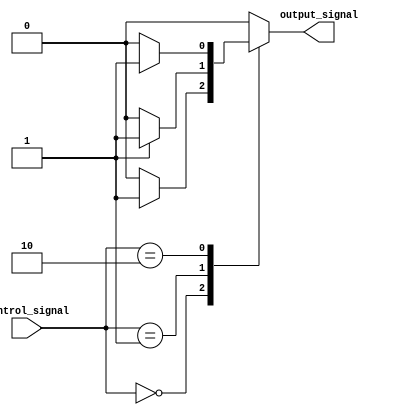
module case_if_else (
    input wire [1:0] control_signal,
    output reg output_signal
);

always @(*)
begin
    case(control_signal)
        2'b00: // When control_signal is 00
            begin
                if (condition1) // Additional condition for this case
                    output_signal <= 1'b1;
                else
                    output_signal <= 1'b0;
            end
        2'b01: // When control_signal is 01
            begin
                if (condition2) // Additional condition for this case
                    output_signal <= 1'b1;
                else
                    output_signal <= 1'b0;
            end
        2'b10: // When control_signal is 10
            begin
                if (condition3) // Additional condition for this case
                    output_signal <= 1'b1;
                else
                    output_signal <= 1'b0;
            end
        default: // Default case when control_signal doesn't match any above cases
            output_signal <= 1'b0;
    endcase
end

endmodule